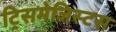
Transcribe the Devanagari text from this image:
ट्रिसमेजिस्टस